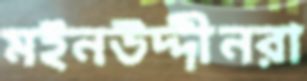
মইনউদ্দীনরা